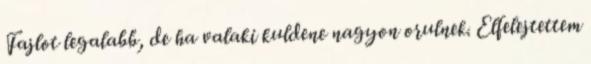
Fajlot legalabb, de ha valaki kuldene nagyon orulnek. Elfelejtettem